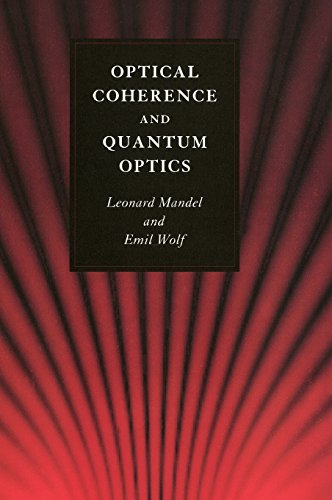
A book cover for Optical Coherence and Quantum Optics; Leonard Mandel; Science & Math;